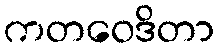
ကတဝေဒိတာ